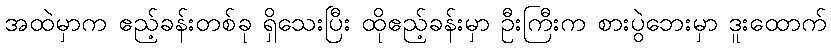
အထဲမှာက ဧည့်ခန်းတစ်ခု ရှိသေးပြီး ထိုဧည့်ခန်းမှာ ဦးကြီးက စားပွဲဘေးမှာ ဒူးထောက်